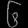
Digit: ၆